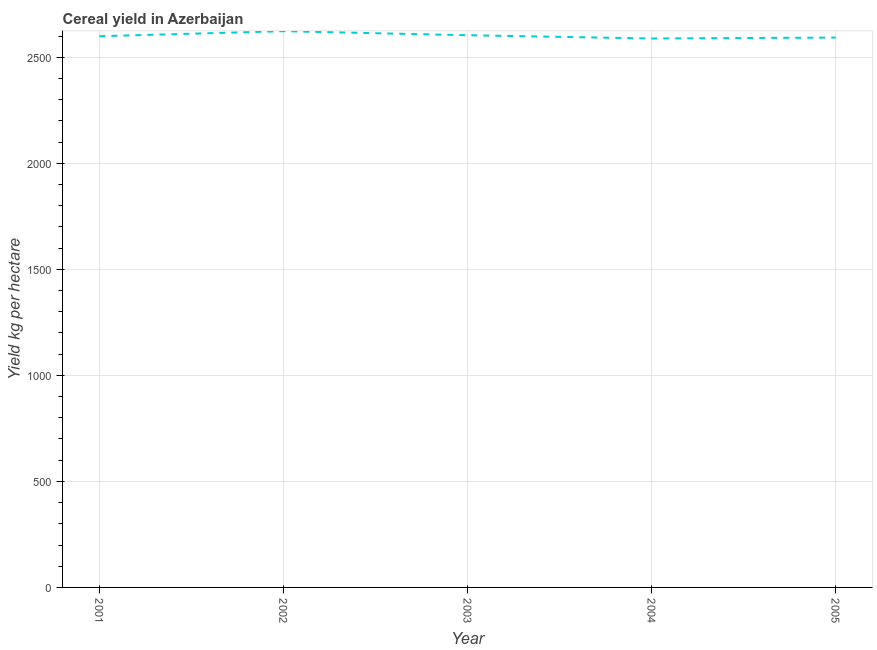
| Year | Cereal yield |
 | --- | --- |
 | 2001 | 2.6e+03 |
 | 2002 | 2.62e+03 |
 | 2003 | 2.6e+03 |
 | 2004 | 2.59e+03 |
 | 2005 | 2.59e+03 |